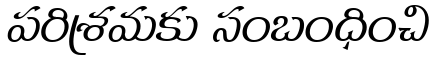
పరిశ్రమకు సంబంధించి